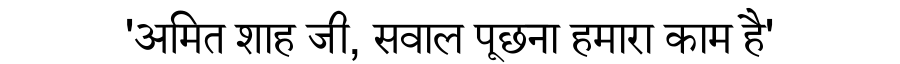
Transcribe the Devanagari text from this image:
'अमित शाह जी, सवाल पूछना हमारा काम है'